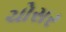
ચોસર